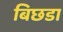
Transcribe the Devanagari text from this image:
बिछडा